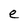
Character: e